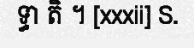
ទ្ធា តិ ។ [xxxii] S.